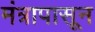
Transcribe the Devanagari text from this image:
मंत्रापासून